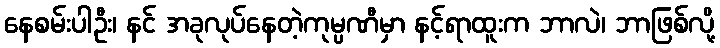
နေစမ်းပါဦး၊ နင် အခုလုပ်နေတဲ့ကုမ္ပဏီမှာ နင့်ရာထူးက ဘာလဲ၊ ဘာဖြစ်လို့